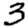
Digit: 3